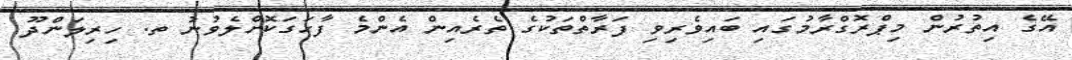
އޭގެ އިތުރުން މިޕްރޮގްރާމުގައި ބައިވެރިވި ފަރާތްތަކުގެ ތެރެއިން އެންމެ ފާހަގަކޮށްލެވުނު ތ. ހިރިލަންދޫ